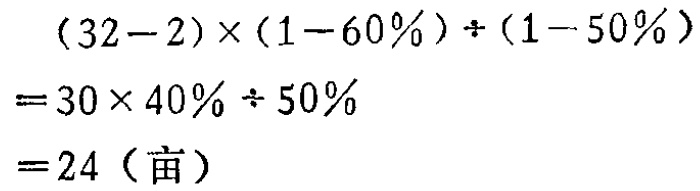
\((32 - 2)\times(1 - 60\%)\div(1 - 50\%)\\

= 30\times40\%\div50\%\\

= 24（亩）\)